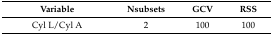
<table><thead><tr><td><b>Variable</b></td><td><b>Nsubsets</b></td><td><b>GCV</b></td><td><b>RSS</b></td></tr></thead><tbody><tr><td>Cyl L/Cyl A</td><td>2</td><td>100</td><td>100</td></tr></tbody></table>